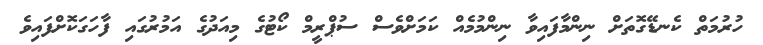
ހުރުމަތް ކެނޑޭގޮތަށް ނިންމާފައިވާ ނިންމުމެއް ކަމަށްވެސް ސުޕްރީމް ކޯޓުގެ މިއަދުގެ އަމުރުގައި ފާހަގަކޮށްފައިވެ